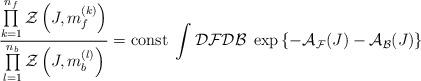
LaTeX: \begin{align*}\frac{\prod\limits_{k=1}^{n_f}{\mathcal{Z}}\left(J,m_f^{(k)}\right)}{\prod\limits_{l=1}^{n_b}{\mathcal{Z}}\left(J,m_b^{(l)}\right)}=\mbox{const}\;\int{\mathcal{D}}{\mathcal{F}}{\mathcal{D}}{\mathcal{B}}\;\exp\left\{-{\mathcal{A}}_{\mathcal{F}}(J)-{\mathcal{A}}_{\mathcal{B}}(J)\right\}\end{align*}